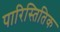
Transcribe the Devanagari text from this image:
पारिस्तितिक